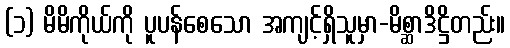
(၁) မိမိကိုယ်ကို ပူပန်စေသော အကျင့်ရှိသူမှာ-မိစ္ဆာဒိဋ္ဌိတည်း။